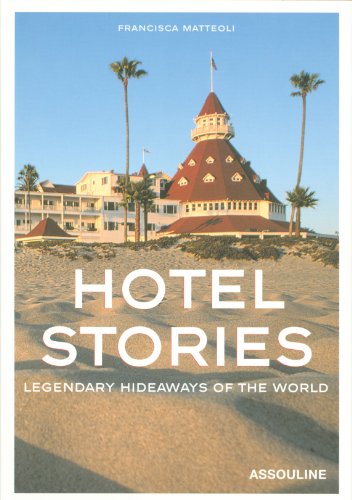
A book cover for Hotel Stories: Legendary Hideaways of the World; Francisca Matteoli; Travel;